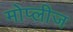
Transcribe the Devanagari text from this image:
मोप्लीज